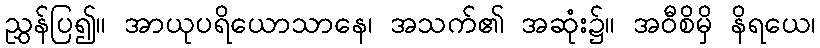
ညွှန်ပြ၍။ အာယုပရိယောသာနေ၊ အသက်၏ အဆုံး၌။ အဝီစိမှိ နိရယေ၊